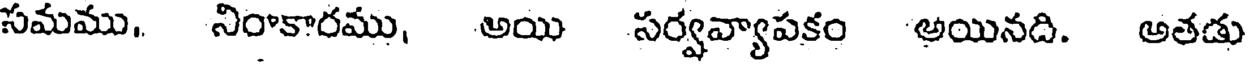
సమము. నిరాకారము, అయి సర్వవ్యాపకం అయినది. అతడు